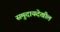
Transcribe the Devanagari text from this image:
समुदायदेखील